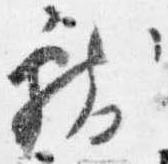
献